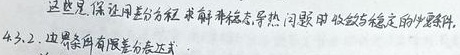
这也是保证用差分方程求解非稳态导热问题时收敛与稳定的必要条件。

4.3.2. 边界条件有限差分表达式